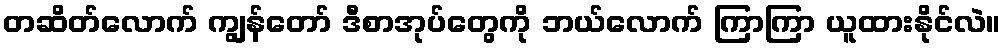
တဆိတ်လောက် ကျွန်တော် ဒီစာအုပ်တွေကို ဘယ်လောက် ကြာကြာ ယူထားနိုင်လဲ။